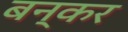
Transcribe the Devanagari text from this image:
बन्कर